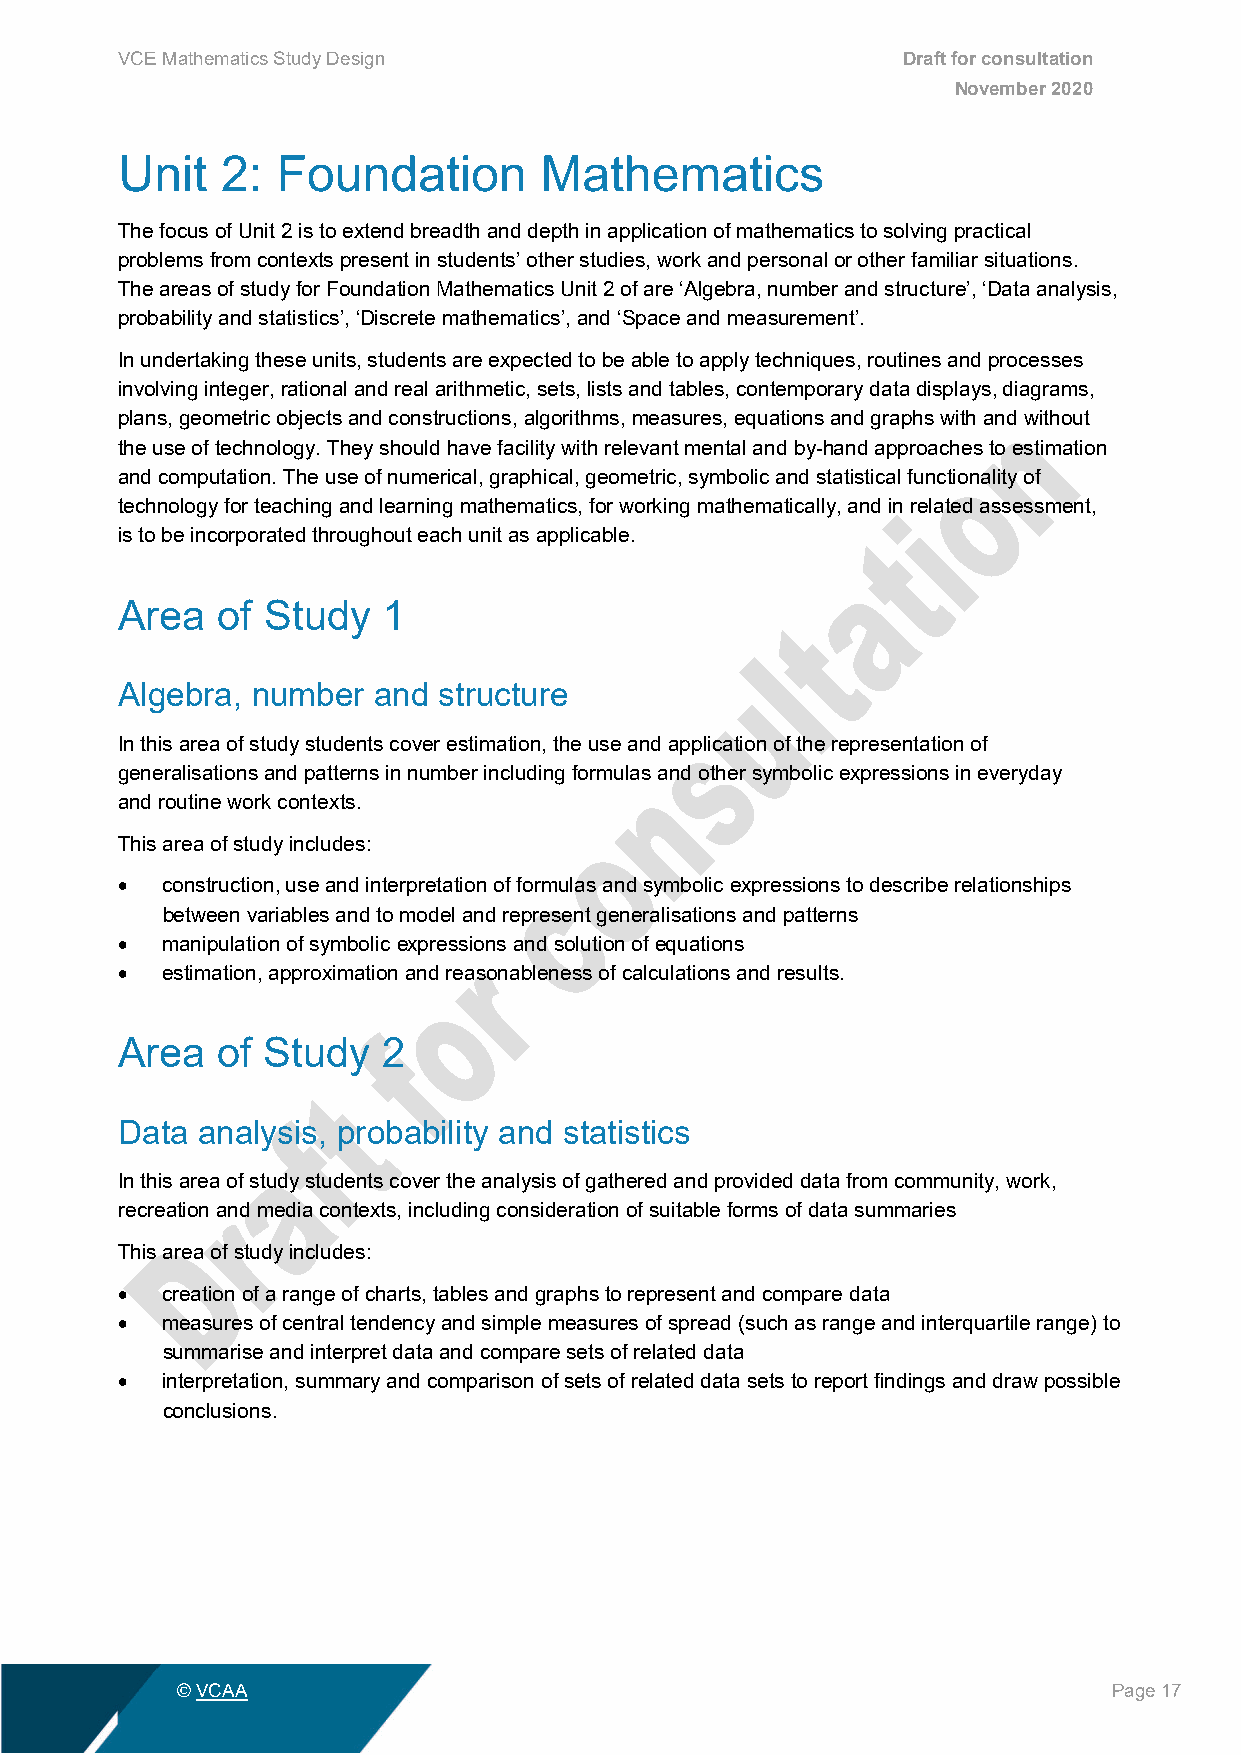
VCE Mathematics Study Design                        Draft for consultation
 November 2020
 Unit   2: Foundation        Mathematics
 The focus of Unit 2 is to extend breadth and depth in application of mathematics to solving practical
 problems from contexts present in students’ other studies, work and personal or other familiar situations.
 The areas of study for Foundation Mathematics Unit 2 of are ‘Algebra, number and structure’, ‘Data analysis,
 probability and statistics’, ‘Discrete mathematics’, and ‘Space and measurement’.
 In undertaking these units, students are expected to be able to apply techniques, routines and processes
 involving integer, rational and real arithmetic, sets, lists and tables, contemporary data displays, diagrams,
 plans, geometric objects and constructions, algorithms, measures, equations and graphs with and without
 the use of technology. They should have facility with relevant mental and by-hand approaches to estimation
 and computation. The use of numerical, graphical, geometric, symbolic and statistical functionality of
 technology for teaching and learning mathematics, for working mathematically, and in related assessment,
 is to be incorporated throughout each unit as applicable.
 Area  of Study   1
 Algebra, number  and structure
 In this area of study students cover estimation, the use and application of the representation of
 generalisations and patterns in number including formulas and other symbolic expressions in everyday
 and routine work contexts.
 This area of study includes:
 •  construction, use and interpretation of formulas and symbolic expressions to describe relationships
 between variables and to model and represent generalisations and patterns
 •  manipulation of symbolic expressions and solution of equations
 •  estimation, approximation and reasonableness of calculations and results.
 Area  of Study   2
 Data analysis, probability and statistics
 In this area of study students cover the analysis of gathered and provided data from community, work,
 recreation and media contexts, including consideration of suitable forms of data summaries
 This area of study includes:
 •  creation of a range of charts, tables and graphs to represent and compare data
 •  measures of central tendency and simple measures of spread (such as range and interquartile range) to
 summarise and interpret data and compare sets of related data
 •  interpretation, summary and comparison of sets of related data sets to report findings and draw possible
 conclusions.
 © VCAA                                                        Page 17